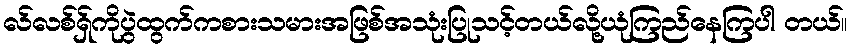
လ်လစ်ရှ်ကိုပွဲထွက်ကစားသမားအဖြစ်အသုံးပြုသင့်တယ်လို့ယုံကြည်နေကြပါ တယ်။